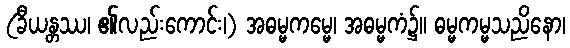
(ခီယန္တဿ၊ ၏လည်းကောင်း၊) အဓမ္မကမ္မေ၊ အဓမ္မကံ၌။ ဓမ္မကမ္မသညိနော၊